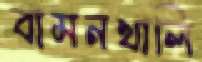
বামনখালি